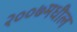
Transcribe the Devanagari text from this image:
२००७मधील